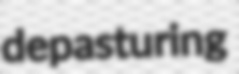
depasturing